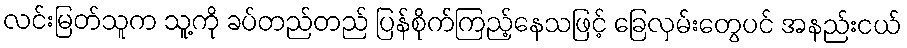
လင်းမြတ်သူက သူ့ကို ခပ်တည်တည် ပြန်စိုက်ကြည့်နေသဖြင့် ခြေလှမ်းတွေပင် အနည်းငယ်